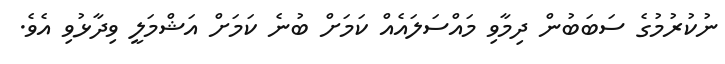
ނުކުރުމުގެ ސަބަބުން ދިމާވި މައްސަލައެއް ކަމަށް ބުނެ ކަމަށް އަޝްމަލީ ވިދާޅުވި އެވެ.